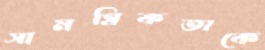
সামগ্রিকতাকে